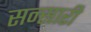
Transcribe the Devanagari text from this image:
सन्सारी